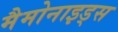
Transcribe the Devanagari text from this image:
मैमोनाइड्स